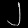
Digit: ၂